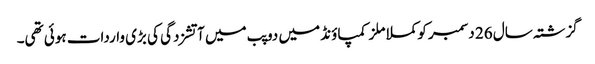
گزشتہ سال 26 دسمبر کو کملا ملز کمپاؤنڈ میں دو پب میں آتشزدگی کی بڑی واردات ہوئی تھی۔